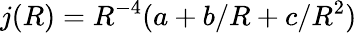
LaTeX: j(R)=R^{-4}(a+b/R+c/R^{2})